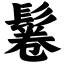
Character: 鬈